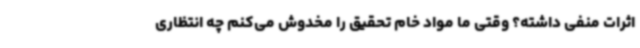
اثرات منفی داشته؟ وقتی ما مواد خام تحقیق را مخدوش می‌کنم چه انتظاری